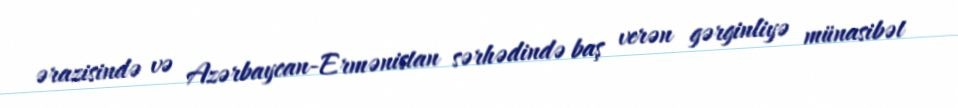
ərazisində və Azərbaycan-Ermənistan sərhədində baş verən gərginliyə münasibət